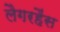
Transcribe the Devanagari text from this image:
लैगरहैंस